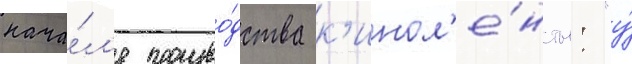
нача́л'е произво́дства к'инол'е́нты: "у́